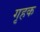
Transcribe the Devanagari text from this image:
गृहक